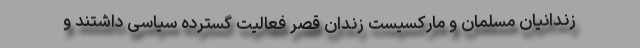
زندانیان مسلمان و ماركسیست زندان قصر فعالیت گسترده سیاسی داشتند و